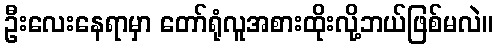
ဦးလေးနေရာမှာ တော်ရုံလူအစားထိုးလို့ဘယ်ဖြစ်မလဲ။